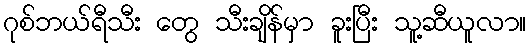
ဂုစ်ဘယ်ရီသီး တွေ သီးချိန်မှာ ခူးပြီး သူ့ဆီယူလာ။